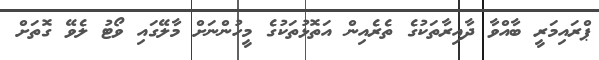
ޕްރައިމަރީ ބާއްވާ ދާއިރާތަކުގެ ތެރެއިން އަތޮޅުތަކުގެ މީހުންނަށް މާލޭގައި ވޯޓު ލެވޭ ގޮތަށް